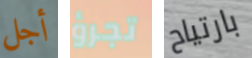
أجل تجرؤ بارتياح